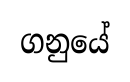
ගනුයේ